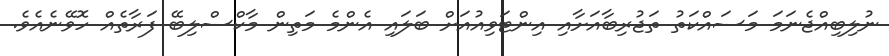
ނުލިބިއްޖެނަމަ މަސައްކަތު ތަޖުރިބާއަށާއި އިންޓަވިއުއަށް ބަލައިި އެންމެ މަތިން މާކްސްލިބޭ ފަރާތެއް ހޮވޭނެއެވެ.